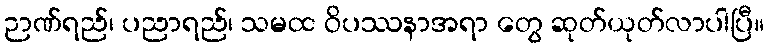
ဉာဏ်ရည်၊ ပညာရည်၊ သမထ ဝိပဿနာအရာ တွေ ဆုတ်ယုတ်လာပါပြီ။